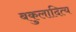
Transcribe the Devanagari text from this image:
बकुलादित्य